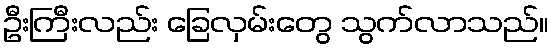
ဦးကြီးလည်း ခြေလှမ်းတွေ သွက်လာသည်။